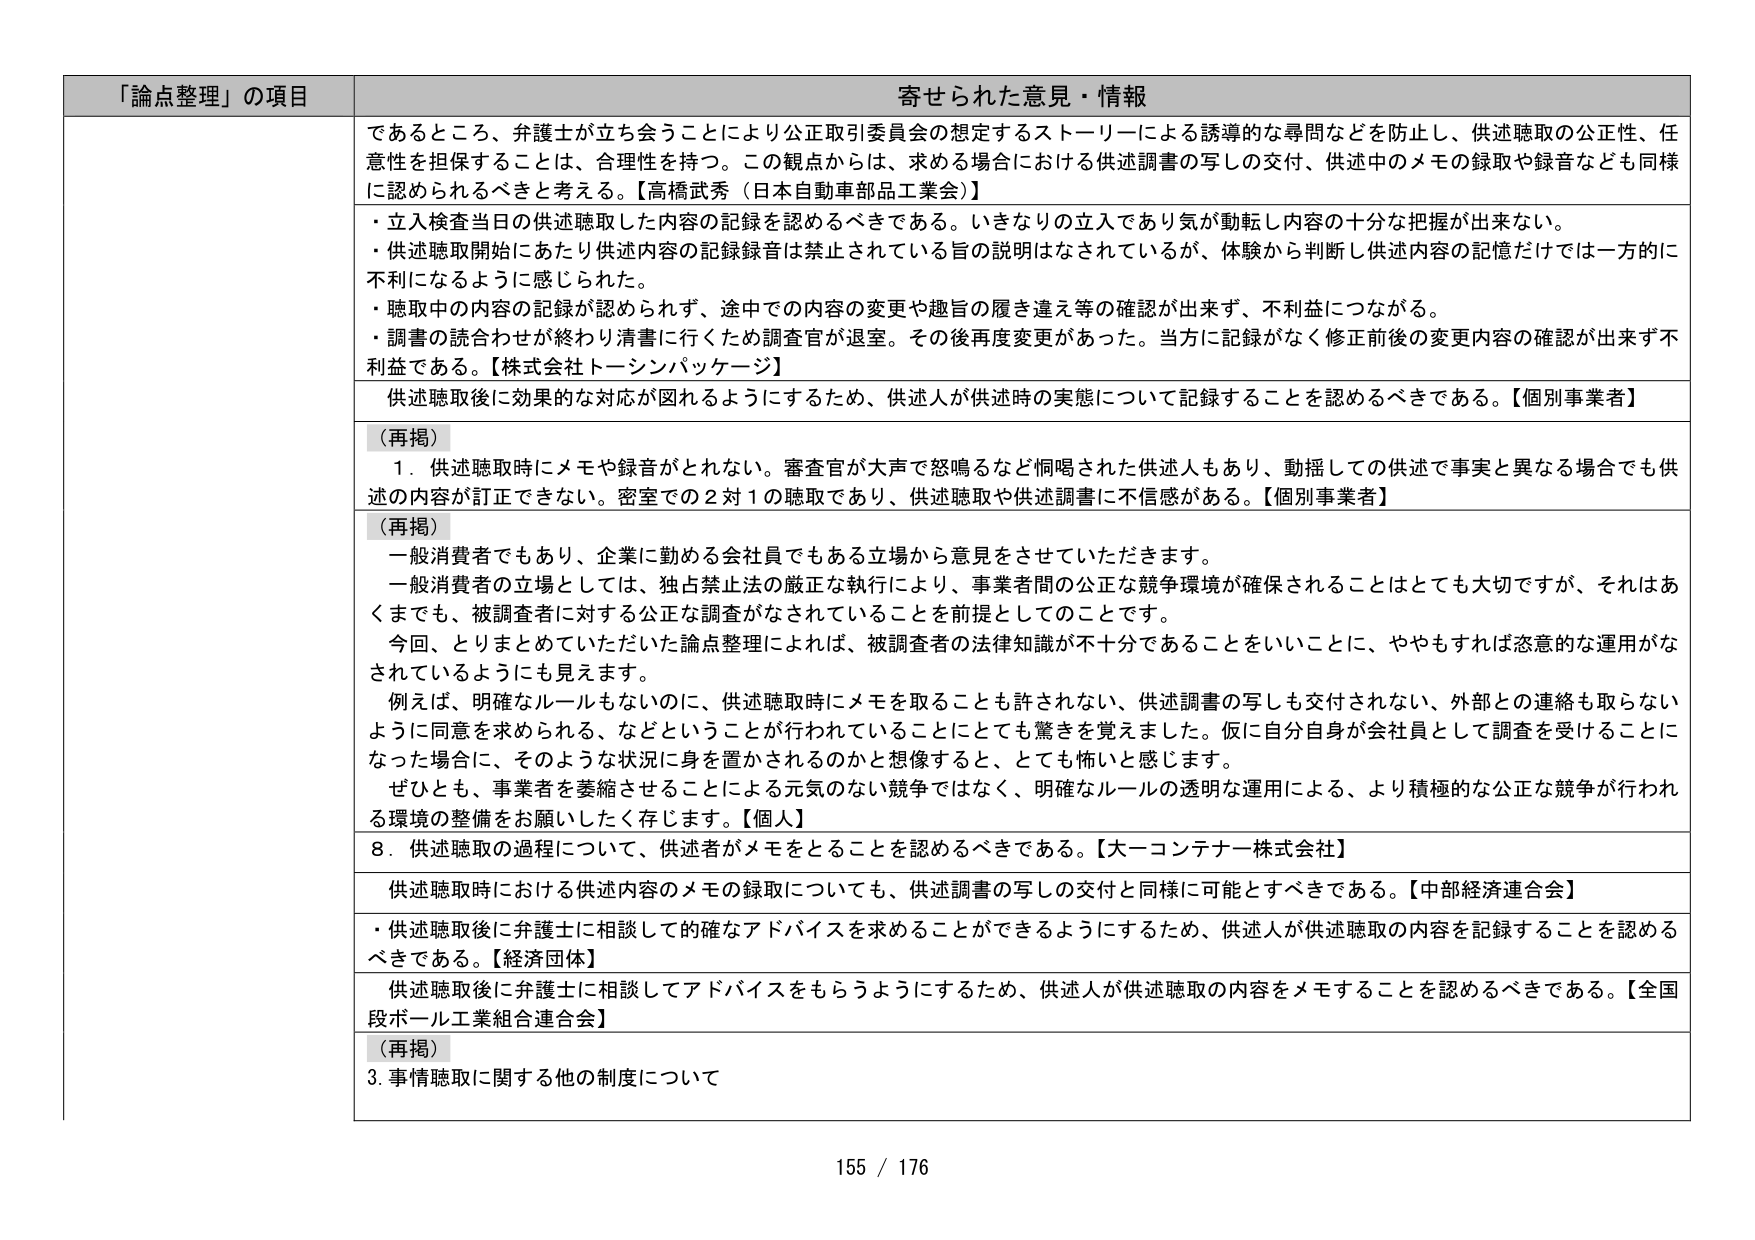
「論点整理」の項目 寄せられた意見・情報
であるところ、弁護士が立ち会うことにより公正取引委員会の想定するストーリーによる誘導的な尋問などを防止し、供述聴取の公正性、任意性を担保することは、合理性を持つ。この観点からは、求める場合における供述調書の写しの交付、供述中のメモの録取や録音なども同様に認められるべきと考える。【高橋武秀（日本自動車部品工業会）】
・立入検査当日の供述聴取した内容の記録を認めるべきである。いきなりの立入であり気が動転し内容の十分な把握が出来ない。
・供述聴取開始にあたり供述内容の記録録音は禁止されている旨の説明はなされているが、体験から判断し供述内容の記憶だけでは一方的に不利になるように感じられた。
・聴取中の内容の記録が認められず、途中での内容の変更や趣旨の履き違え等の確認が出来ず、不利益につながる。
・調書の読合わせが終わり清書に行くため調査官が退室。その後再度変更があった。当方に記録がなく修正前後の変更内容の確認が出来ず不利益である。【株式会社トーシンパッケージ】
供述聴取後に効果的な対応が図れるようにするため、供述人が供述時の実態について記録することを認めるべきである。【個別事業者】
（再掲）
１．供述聴取時にメモや録音がとれない。審査官が大声で怒鳴るなど恫喝された供述人もあり、動揺しての供述で事実と異なる場合でも供述の内容が訂正できない。密室での２対１の聴取であり、供述聴取や供述調書に不信感がある。【個別事業者】
（再掲）
一般消費者でもあり、企業に勤める会社員でもある立場から意見をさせていただきます。
一般消費者の立場としては、独占禁止法の厳正な執行により、事業者間の公正な競争環境が確保されることはとても大切ですが、それはあくまでも、被調査者に対する公正な調査がなされていることを前提としてのことです。
今回、とりまとめていただいた論点整理によれば、被調査者の法律知識が不十分であることをいいことに、ややもすれば恣意的な運用がなされているようにも見えます。
例えば、明確なルールもないのに、供述聴取時にメモを取ることも許されない、供述調書の写しも交付されない、外部との連絡も取らないように同意を求められる、などということが行われていることにも驚きを覚えました。仮に自分自身が会社員として調査を受けることになった場合に、そのような状況に身を置かされるのかと想像すると、とても怖いと感じます。
ぜひとも、事業者を萎縮させることによる元気のない競争ではなく、明確なルールの透明な運用による、より積極的な公正な競争が行われる環境の整備をお願いしたく存じます。【個人】
８．供述聴取の過程について、供述者がメモをとることを認めるべきである。【大一コンテナ株式会社】
供述聴取時における供述内容のメモの録取についても、供述調書の写しの交付と同様に可能とすべきである。【中部経済連合会】
・供述聴取後に弁護士に相談して的確なアドバイスを求めることができるようにするため、供述人が供述聴取の内容を記録することを認めるべきである。【経済団体】
供述聴取後に弁護士に相談してアドバイスをもらうようにするため、供述人が供述聴取の内容をメモすることを認めるべきである。【全国段ボール工業組合連合会】
（再掲）
３．事情聴取に関する他の制度について
155 / 176